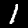
Digit: 1